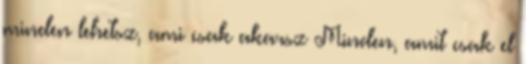
minden lehetsz, ami csak akarsz Minden, amit csak el